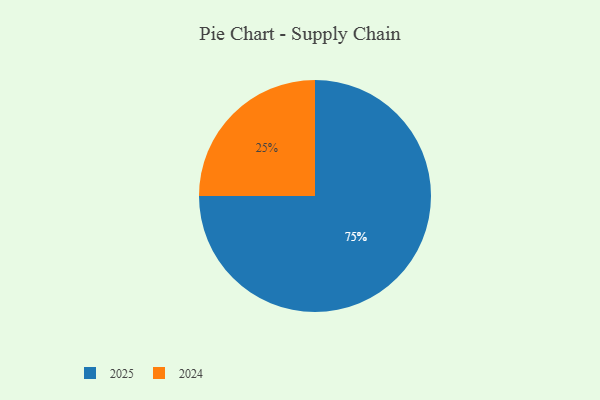
{"axis": {"x": "Category", "y": "Percentage"}, "legend": ["2024", "2025"], "data": [{"x": "2025", "y": 75, "type": "2025"}, {"x": "2024", "y": 25, "type": "2024"}]}